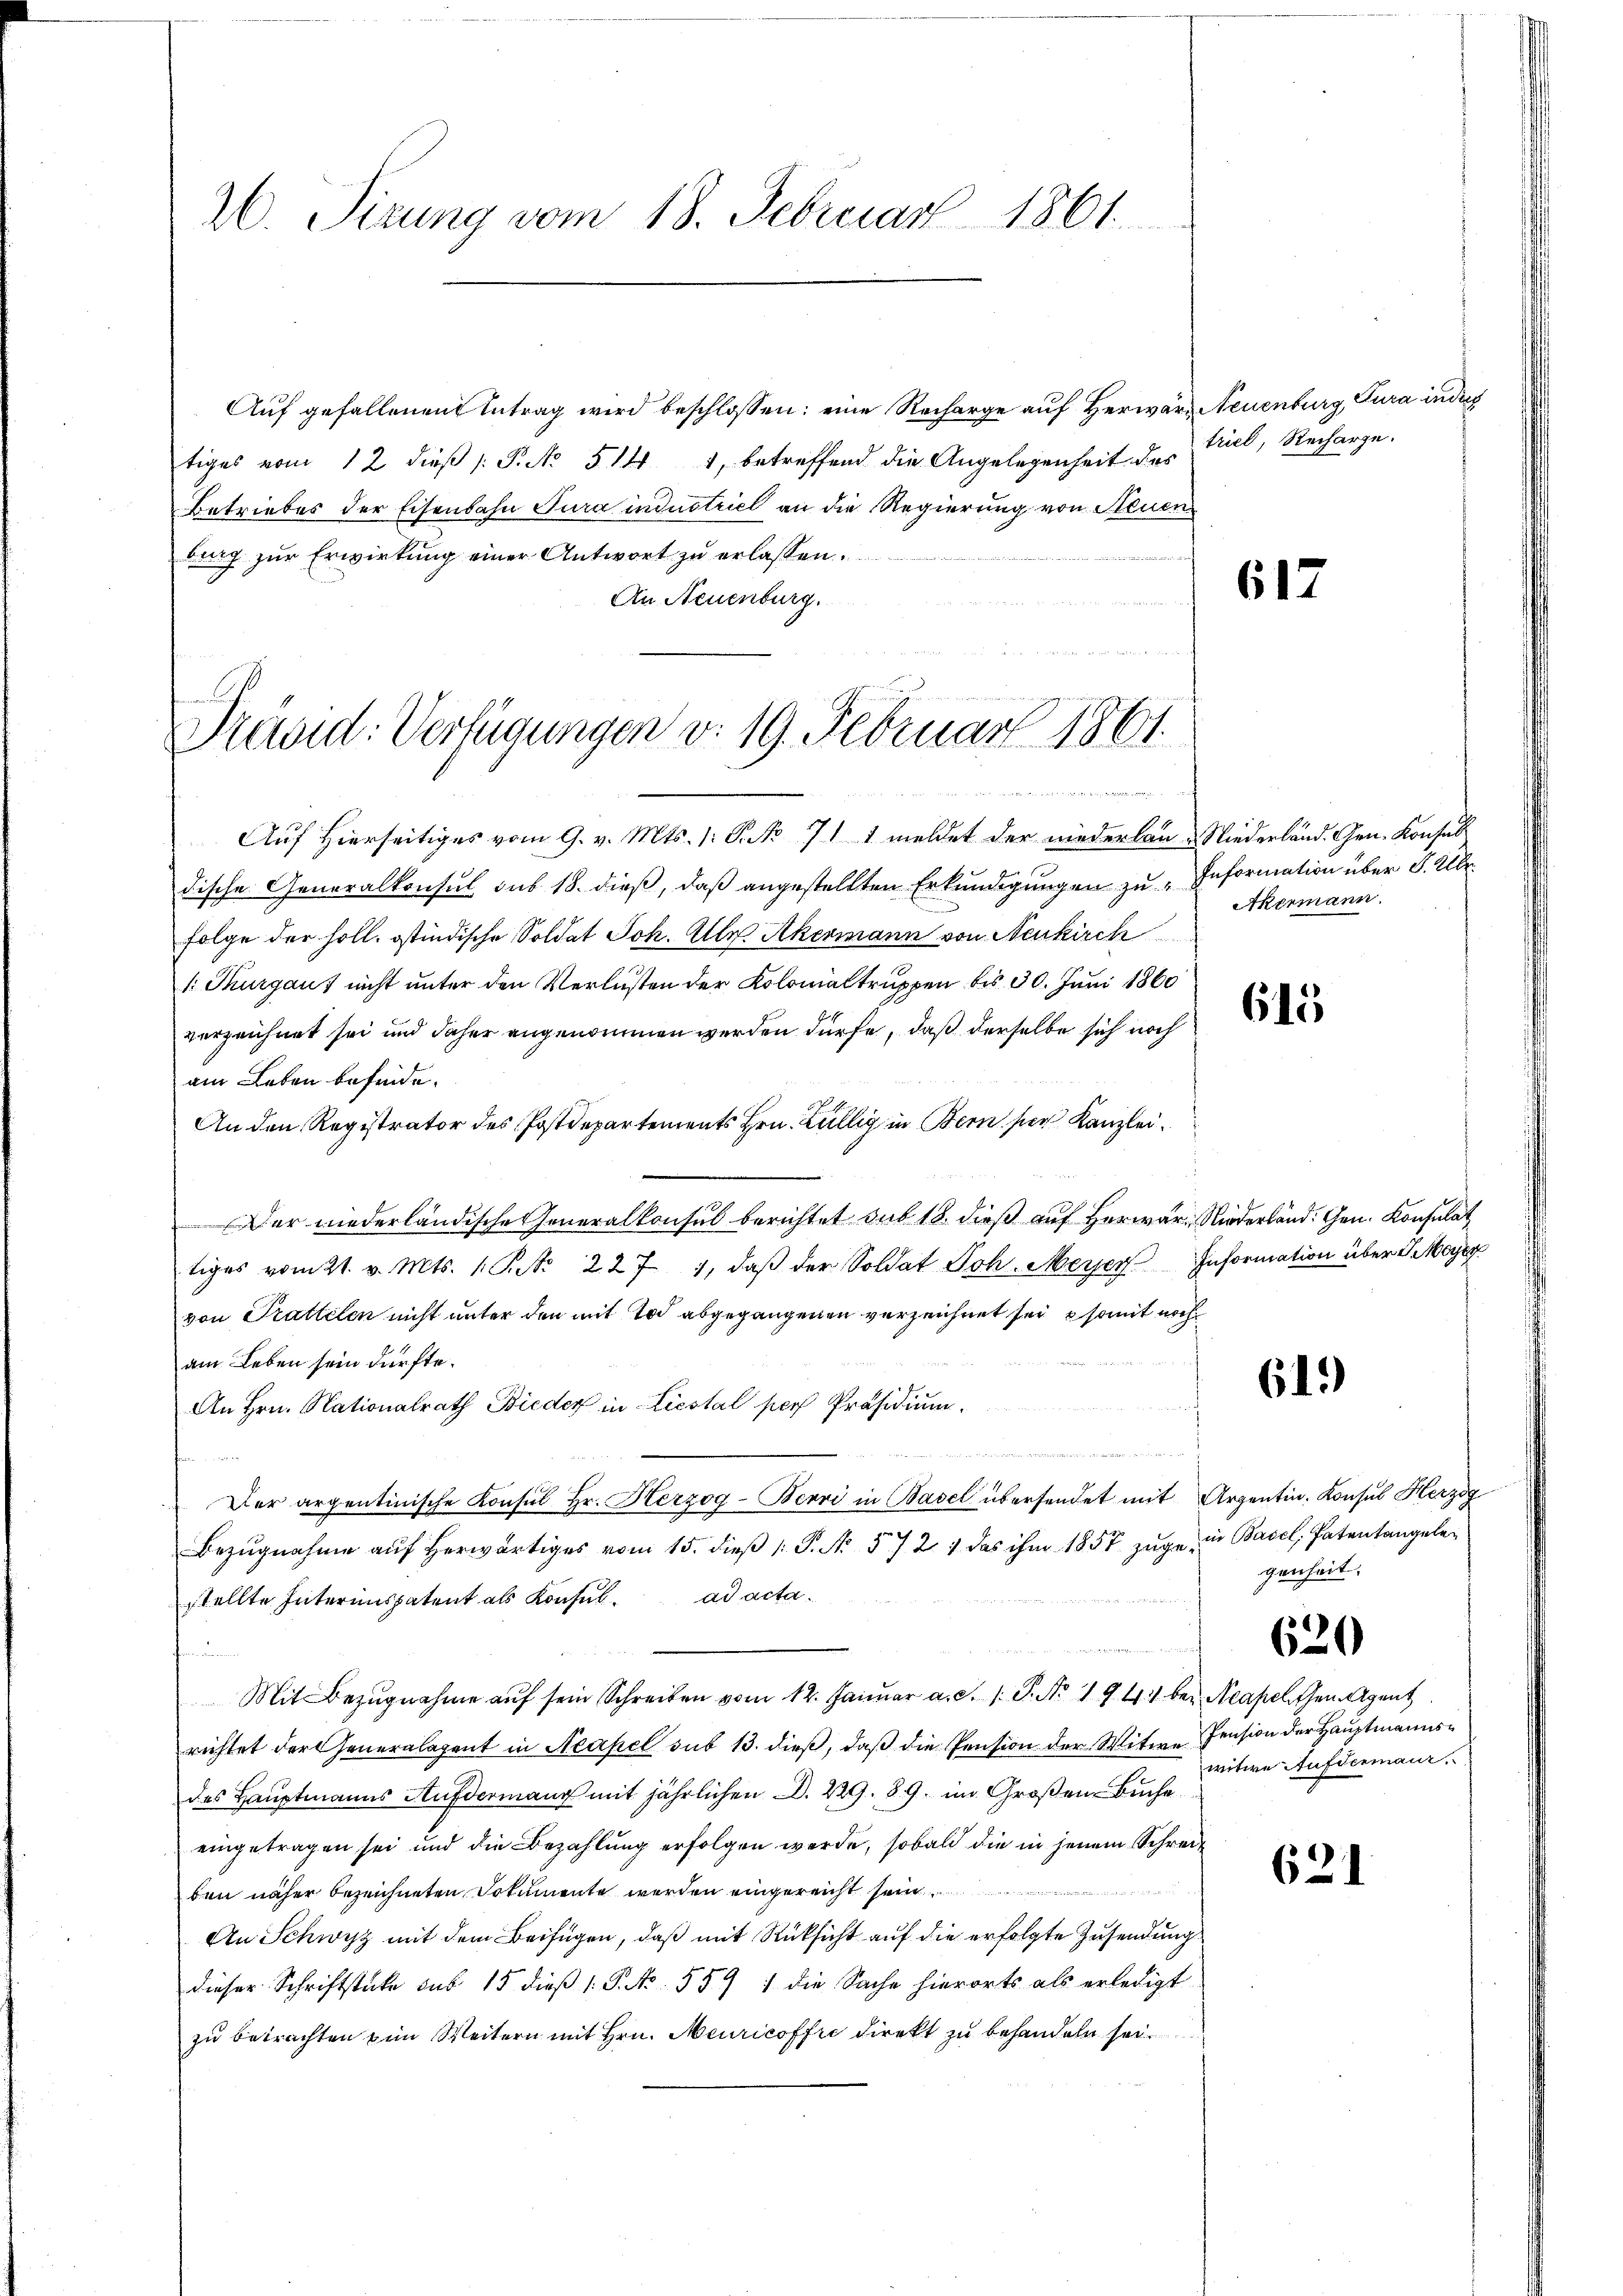
26. Sirung vom 18. Februar 1861

Auf gefallenen Antrag wird beschlossen: eine Recharge auf Herwär Neuenburg, Tura indich
tiges vom 12 dieβ (: P. N. 514 1, betreffend die Angelegenheit des Ziel, Recharge.
Betriebes der Eisenbahn Tura industriel an die Regierung von Steuer
burg zur Erwirkung einer Antwort zu erlassen.
eien eine
An Neuenburg.

n
Prävid: Verfügungen v. 19. Februar 1861.
u

Auf Hierseitiges vom 9. v. Mts. 1. P. Nr. 711 meldet der niederlan- Niederländ. Gen. Konsul
dische Generalkonsul sub 18. dieß, daß angestellten Erkundigungen zu "Information über S. Übr
Folge der holl. ostindische Soldat Joh. Alle Akermann von Neukirch
: Thurgaus nicht unter den Verlusten der Kolomaltruppen bis 30. Juni 1860
verzeichnet sei und daher angenommen werden dürfe, daß derselbe sich noch
am Leben befinde.
An den Registrator des Postdepartements Hrn. Züllig in Bern der Kanzlei.
Der niederländische Generalkonsul berichtet sub 18. dieß auf Herwar Niedern. G. Konsul
tiges vom 21. v. Mts. 1. P. Nr. 227 1, daβ der Soldat Joh. Merzen Information über 1 Meyer
von Trattelen nicht unter den mit Tod abgegangenen verzeichnet sei somit noch
am Leben sein dürfte.
An Hrn. Nationalrath Bieder in Liestal per Präsidium.
Der argentinische Konsul Hr. Herzog-Berri in Basel übersendet mit Arzentin. Konsul Herzog
Bezŭgnahme aŭf herwärtiges vom 15. dieβ (: P. N. 572. 1 das ihm 1857 zŭge in Basel, Patentangele
stellte Interimspatent als Konsul. ad acta.
Mit Bezugnahme auf sein Schreiben vom 12. Januar a. c. s. P. Nr. 194. bei Neapelchen Agent
richtet der Generalagent in Neapel sub 13. dieß, daß die Pension der Witwe Pension der Hauptmannsdes Hauptmanns Aufdermann mit jährlichen d. 229. 89. im Großen Buche
eingetragen sei und die Bezahlung erfolgen werde, sobald die in jenem Schrei¬
 8
ben näher bezeichneten Dokumente werden eingereicht sein
An Schwyz mit dem Beifügen, daß mit Rücksicht auf die erfolgte Zusendung
dieser Schriftstücke sub 15 dieß 1. P. Nr. 559) die Sache hierorts als erledigt
zu betrachten im Weitern mit Hrn. Meuricoffre direkt zu behandeln sei.

617

Akermann.

615

619)

genheit.

620

witwe Aufdermaur.

621